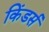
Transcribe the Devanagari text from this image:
किंडर्स